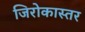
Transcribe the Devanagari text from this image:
जिरोकास्तर